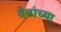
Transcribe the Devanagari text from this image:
देठांच्या